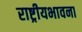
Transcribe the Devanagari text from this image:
राष्ट्रीयभावना